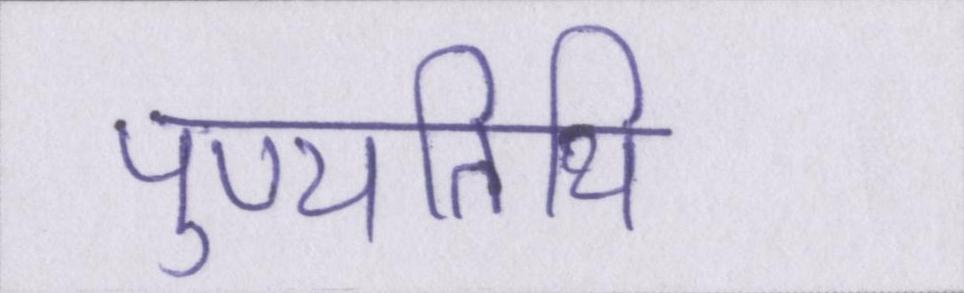
पुण्यतिथि